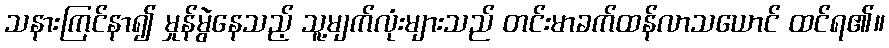
သနားကြင်နာ၍ မှုန်မွဲနေသည့် သူ့မျက်လုံးများသည် တင်းမာခက်ထန်လာသယောင် ထင်ရ၏။